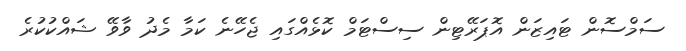
ސަމްސޮން ޓައިޒަން އޮޕަރޭޓިން ސިސްޓަމް ކޮޅެއްގައި ޖެހޭނެ ކަމާ މެދު ވާވޭ ޝައްކުކުރެ